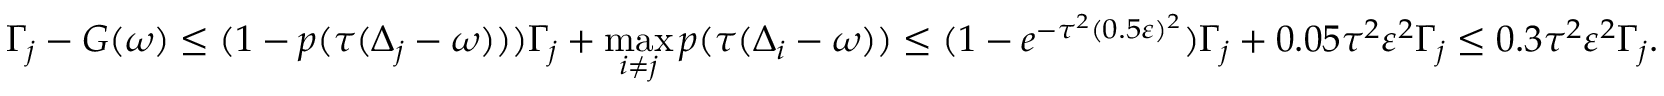
\Gamma _ { j } - G ( \omega ) \leq ( 1 - p ( \tau ( \Delta _ { j } - \omega ) ) ) \Gamma _ { j } + \operatorname* { m a x } _ { i \neq j } p ( \tau ( \Delta _ { i } - \omega ) ) \leq ( 1 - e ^ { - \tau ^ { 2 } ( 0 . 5 \varepsilon ) ^ { 2 } } ) \Gamma _ { j } + 0 . 0 5 \tau ^ { 2 } \varepsilon ^ { 2 } \Gamma _ { j } \leq 0 . 3 \tau ^ { 2 } \varepsilon ^ { 2 } \Gamma _ { j } .